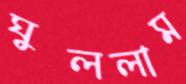
ঘুললাম